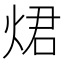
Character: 𤉙